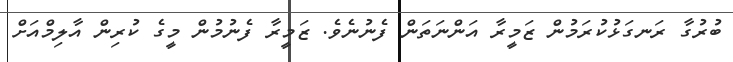
ބުރުގާ ރަނގަޅުކުރަމުން ޒަމީރާ އަންނަތަން ފެނުނެވެ. ޒަމީރާ ފެނުމުން މީގެ ކުރިން އާލިމްއަށް